Papers set at the Examination for Leaving Certificates, 1892
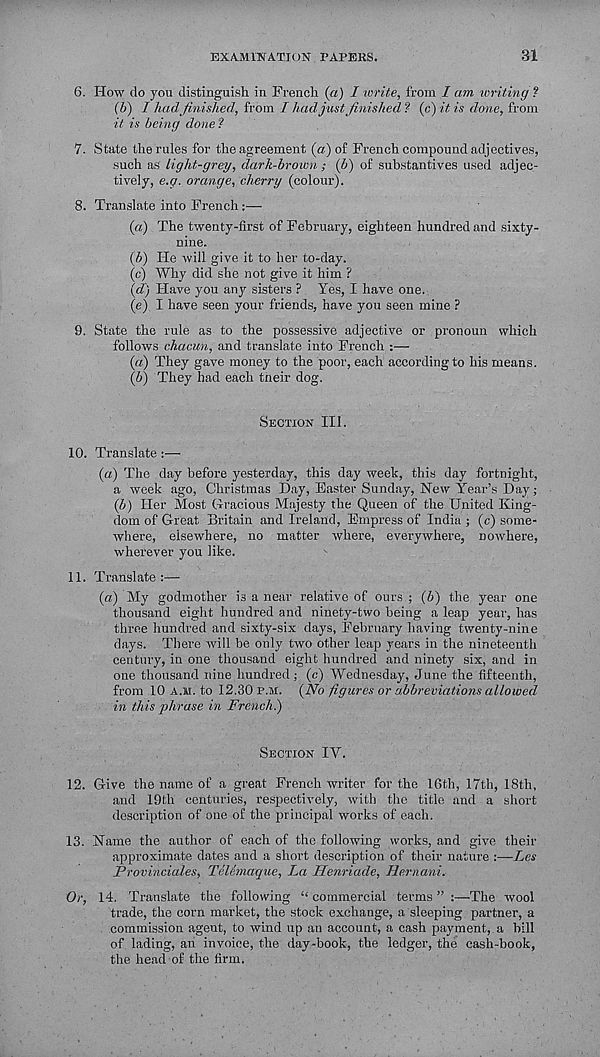
EXAMINATION PAPERS.
31
6. How do yon distinguish in French (a) I write, from I am writing ?
[V) I had finished, from I had just finished? (c)itis done, from
it is being done ?
7. State the rules for the agreement (a) of French compound adjectives,
such as light-grey, dark-brown ; lb) of substantives used adjec-
tively, e.g. orange, cherry (colour).
8. Translate into French:—
(a) The twenty-first of February, eighteen hundred and sixty-
nine.
(V) He will give it to her to-day.
(c) Why did she not give it him ?
\d) Have you any sisters ? Yes, I have one.
(e) I have seen your friends, have you seen mine ?
9. State the rule as to the possessive adjective or pronoun which
follows chac.un, and translate into French :—
(a) They gave money to the poor, each according to his means.
{fi) They had each tneir dog.
Section III.
10. Translate:—
(a) The day before yesterday, this day week, this day fortnight,
a week ago, Christmas Day, Easter Sunday, New Year’s Day;
{b) Her Most Gracious Majesty the Queen of the United King-
dom of Great Britain and Ireland, Empress of India ; (c) some-
where, elsewhere, no matter where, everywhere, nowhere,
wherever you like.
11. Translate:—
(a) My godmother is a near relative of ours ; (6) the year one
thousand eight hundred and ninety-two being a leap year, has
three hundred and sixty-six days, February having twenty-nine
days. There will be only two other leap years in the nineteenth
century, in one thousand eight hundred and ninety six, and in
one thousand nine hundred; (c) Wednesday, June the fifteenth,
from 10 a.m. to I2.30p.m. (No figures or abbreviations allowed
in this phrase in French)
Section IV.
12. Give the name of a great French writer for the 16th, 17th, 18th,
and 19th centuries, respectively, with the title and a short
description of one of the principal works of each.
13. Name the author of each of the following works, and give their
approximate dates and a short description of their nature :—Les
Provinciales, TeUmaque, La Henriade, Hernani.
Or, 14. Translate the following “ commercial terms ” :—The wool
trade, the corn market, the stock exchange, a sleeping partner, a
commission agent, to wind up an account, a cash payment, a bill
of lading, an invoice, the day-book, the ledger, the cash-book,
the head of the firm.